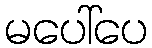
မပေါ်ပေ